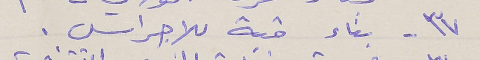
٣٧ - بناء قبة للاجراس .